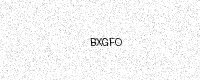
Text: BXGFO